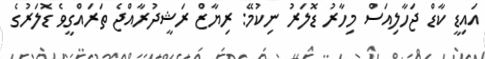
އައިޑީ ކާޑް ޖަހާލިއަސް މިހާރު ޑޮލަރު ނިކުމޭ: ރިޔާޒް ރަޝީދުރާއްޖެ ތަރައްގީވެ ޑޮލަރުގެ